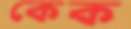
কেক